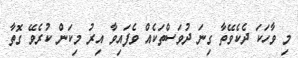
މި ވާހަކަ ދެކެވޭތާ ގިނަ ދުވަސްތަކެއް ވެފައިވާ އިރު މިކަން ކުރެވޭ ގޮތާ